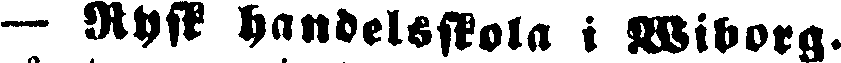
— Rysk handelsskola i Wiborg.